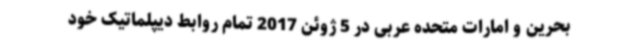
بحرین و امارات متحده عربی در 5 ژوئن 2017 تمام روابط دیپلماتیک خود